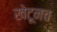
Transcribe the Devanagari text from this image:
खेटूनच